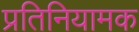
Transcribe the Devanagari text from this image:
प्रतिनियामक